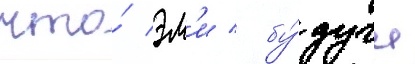
что́ эм'и / бу́дучи